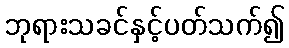
ဘုရားသခင်နှင့်ပတ်သက်၍